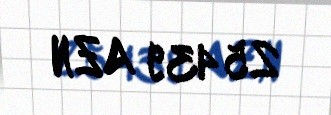
25439 AZN